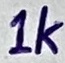
Text: 1k